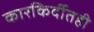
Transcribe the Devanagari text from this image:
कारकिर्दीतही